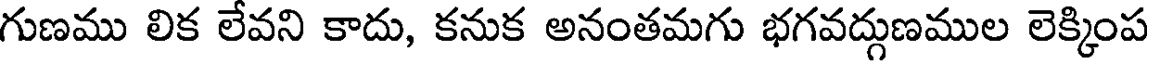
గుణము లిక లేవని కాదు, కనుక అనంతమగు భగవద్గుణముల లెక్కింప